Report on vaccination in Madras 1922-1929 - 1922-1929
Year: 1922
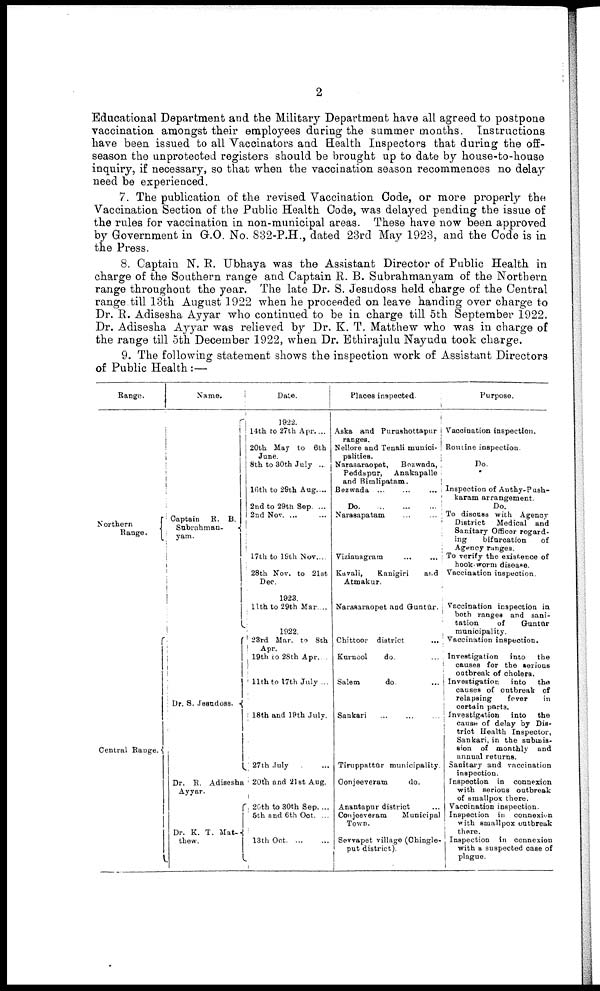
2
Educational Department and the Military Department have all agreed to postpone
vaccination amongst their employees during the summer months. Instructions
have been issued to all Vaccinators and Health Inspectors that during the off
season the unprotected registers should be brought up to date by house-to-house
inquiry, if necessary, so that when the vaccination season recommences no delay
need be experienced.
7. The publication of the revised Vaccination Code, or more properly the
Vaccination Section of the Public Health Code, was delayed pending the issue of
the rules for vaccination in non-municipal areas. These have now been approved
by Government in G.O. No. 832-P.H., dated 23rd May 1923, and the Code is in
the Press.
8. Captain N. R. Ubhaya was the Assistant Director of Public Health in
charge of the Southern range and Captain R. B. Subrahmanyam of the Northern
range throughout the year. The late Dr. S. Jesudoss held charge of the Central
range till 13th August 1922 when he proceeded on leave handing over charge to
Dr. R. Adisesha Ayyar who continued to be in charge till 5th September 1922.
Dr. Adisesha Ayyar was relieved by Dr. K. T. Matthew who was in charge of
the range till 5th December 1922, when Dr. Ethirajulu Nayudu took charge.
9. The following statement shows the inspection work of Assistant Directors
of Public Health:—
Range.
Northern Range.
Central Range.
Name.
Captain R. B.
Subrahman¬
yam.
Dr. S. Jesudoss.
Dr. R. Adisesha
Ayyar.
Dr. K. T. Mat¬
thew.
Date.
1922.
14th to 27th Apr. ...
20th May to 8th
June.
8th to 30th July ...
16th to 29th Aug. ...
2nd to 29th Sep. ...
2nd Nov. ...
17th to 19th Nov. ...
28th Nov. to 21st
Dec.
1923.
llth to 29th Mar. ...
1922.
28rd Mar. to 8th
Apr.
19th to 28th Apr....
11th to 17th July ...
18th and 19th July.
27th July ...
20th and 21st Aug.
20th to 30th Sep....
5th and 6th Oct. ...
13th Oct. ... ...
Places inspected
Aska and Purushottapur
ranges.
Nellore and Tenali munici¬
palities.
Narasaraopet,
Bezwada,
Peddapur,
Anakapalle
and Bimlipatam.
Bezwada
...
...
...
Do.
...
...
...
Narasapatam ... ...
Vizianagram
...
...
Kavali,
Kanigiri
and
Atmakur.
Narasaraopet and Guntūr.
Chittoor district
...
Kurnool
do.
...
Salem
do.
...
Sankari ... ...
Tiruppattūr municipality.
Conjeeveram
do.
Anantapur district
Conjeeveram
Municipal
Town.
Sevvapet village (Chingle¬
put district).
Purpose.
Vaccination inspection.
Routine inspection.
Do.
Inspection of Authy-Push¬
karam arrangement.
Do.
To discuss with Agency
District Medical and
Sanitary Officer regard
ing
bifurcation
of
Agency ranges.
To verify the existence of
hook-worm disease.
Vaccination inspection.
Vaccination inspection in
both ranges and sani
tation
of
Guntūr
municipality.
Vaccination inspection.
Investigation
into the
causes for the serious
outbreak of cholera.
Investigation
into the
causes of outbreak of
relapsing
fever
in
certain parts.
Investigation
into the
cause of delay by Dis
trict Health Inspector,
Sankari, in the submis
sion of monthly and
annual returns.
Sanitary and vaccination
inspection.
Inspection in connexion
with serious outbreak
of smallpox there.
Vaccination inspection.
Inspection in connexion
with smallpox outbreak
there.
Inspection in connexion
with a suspected case of
plague.